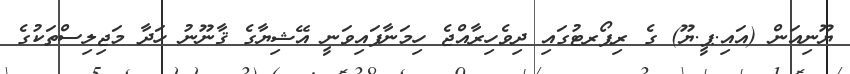
ޔޫނިއަން (އައި.ޕީ.ޔޫ) ގެ ރިޕޯރޓުގައި ދިވެހިރާއްޖެ ހިމަނާފައިވަނީ އޭޝިޔާގެ ޤާނޫނު ހަދާ މަޖިލިސްތަކުގެ